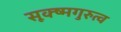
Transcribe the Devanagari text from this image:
सूक्ष्मगुरुत्व